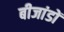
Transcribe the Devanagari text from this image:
बीजांडों